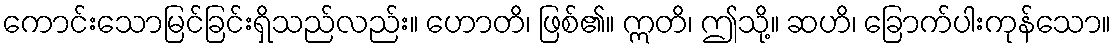
ကောင်းသောမြင်ခြင်းရှိသည်လည်း။ ဟောတိ၊ ဖြစ်၏။ ဣတိ၊ ဤသို့။ ဆဟိ၊ ခြောက်ပါးကုန်သော။